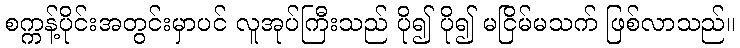
စက္ကန့်ပိုင်းအတွင်းမှာပင် လူအုပ်ကြီးသည် ပို၍ ပို၍ မငြိမ်မသက် ဖြစ်လာသည်။